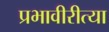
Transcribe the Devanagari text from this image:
प्रभावीरीत्या